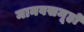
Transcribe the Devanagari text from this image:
मानवसमूहों